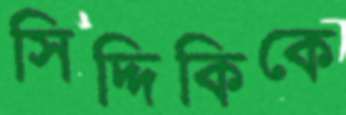
সিদ্দিকিকে